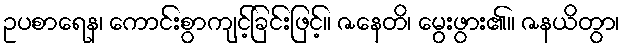
ဥပစာရေန၊ ကောင်းစွာကျင့်ခြင်းဖြင့်။ ဇနေတိ၊ မွေးဖွား၏။ ဇနယိတွာ၊